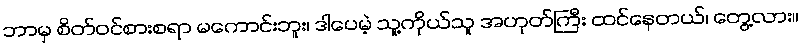
ဘာမှ စိတ်ဝင်စားစရာ မကောင်းဘူး၊ ဒါပေမဲ့ သူ့ကိုယ်သူ အဟုတ်ကြီး ထင်နေတယ်၊ တွေ့လား။